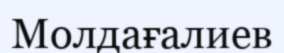
Молдағалиев